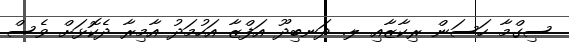
ސިގްމާ ހަސަން ރިކާޒާއި ލ. ދަނބިދޫ އަފްޒާ އަހުމަދު އާމިރާ ދެކޮޅަށް ވެސް